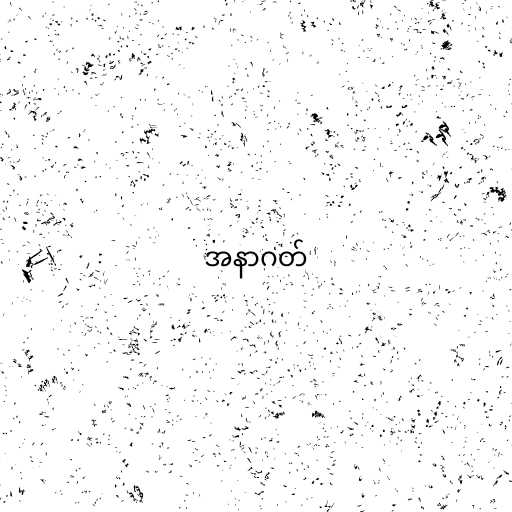
အနာဂတ်